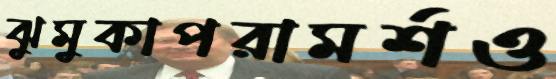
ঝুমুকাপরামর্শও